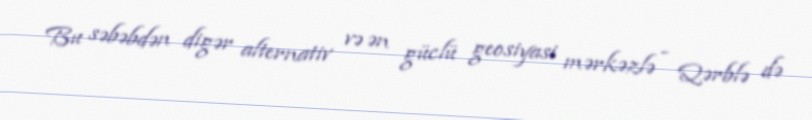
Bu səbəbdən digər alternativ və ən güclü geosiyasi mərkəzlə - Qərblə də